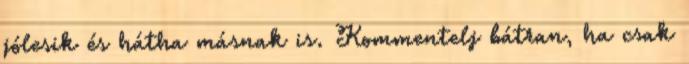
jólesik és hátha másnak is. Kommentelj bátran, ha csak